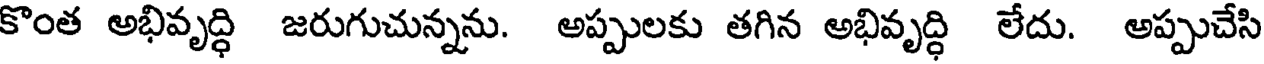
కొంత అభివృద్ధి జరుగుచున్నను. అప్పులకు తగిన అభివృద్ధి లేదు. అప్పుచేసి